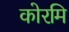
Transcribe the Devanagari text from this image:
कोरमि